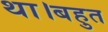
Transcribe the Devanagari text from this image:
था।बहुत